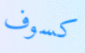
كسوف